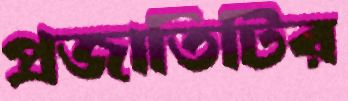
প্রজাতিটির